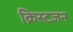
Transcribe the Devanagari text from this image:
क्रिस्टजन